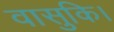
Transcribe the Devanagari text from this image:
वासुकि।